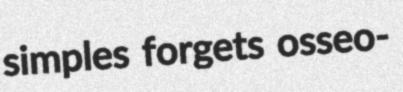
simples forgets osseo-